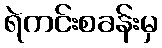
ရဲကင်းစခန်းမှ